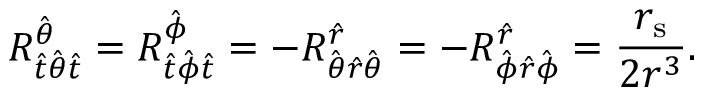
R ^ { \hat { \theta } } _ { { \hat { t } } { \hat { \theta } } { \hat { t } } } = R ^ { \hat { \phi } } _ { { \hat { t } } { \hat { \phi } } { \hat { t } } } = - R ^ { \hat { r } } _ { { \hat { \theta } } { \hat { r } } { \hat { \theta } } } = - R ^ { \hat { r } } _ { { \hat { \phi } } { \hat { r } } { \hat { \phi } } } = { \frac { r _ { \mathrm { s } } } { 2 r ^ { 3 } } } .